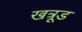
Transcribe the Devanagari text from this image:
खत्रूड